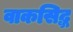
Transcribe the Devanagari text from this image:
वाकसिद्ध